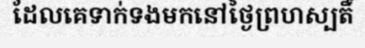
ដែលគេទាក់ទងមកនៅថ្ងៃព្រហស្បតិ៍